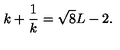
k + \frac { 1 } { k } = \sqrt { 8 } L - 2 .